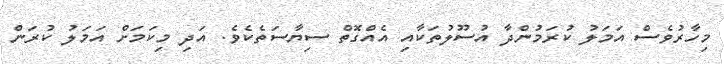
މިހާރުވެސް އަމަލު ކުރަމުންދާ އުސޫލުތަކާއި އެއްގޮތް ސިޔާސަތެކެވެ. އަދި މިކަމަށް އަމަލު ކުރަން